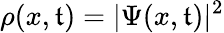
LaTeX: \rho(x,\mathfrak{t})=|\Psi(x,\mathfrak{t})|^{2}